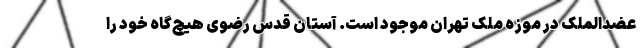
عضدالملک در موزه ملک تهران موجود است. آستان قدس رضوی هیچ‌گاه خود را